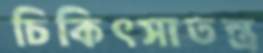
চিকিৎসাতন্ত্র